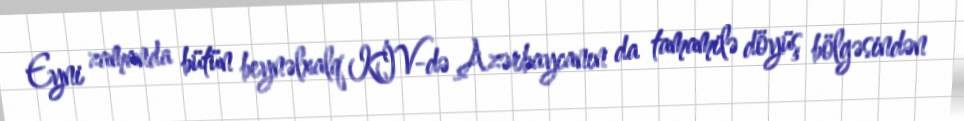
Eyni zamanda bütün beynəlxalq KİV-də Azərbaycanın da tamamilə döyüş bölgəsindən